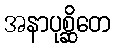
အနာပုစ္ဆိတေ